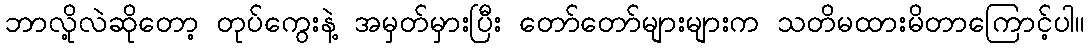
ဘာလို့လဲဆိုတော့ တုပ်ကွေးနဲ့ အမှတ်မှားပြီး တော်တော်များများက သတိမထားမိတာကြောင့်ပါ။